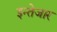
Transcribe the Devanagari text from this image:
इन्तेजार